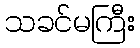
သခင်မကြီး